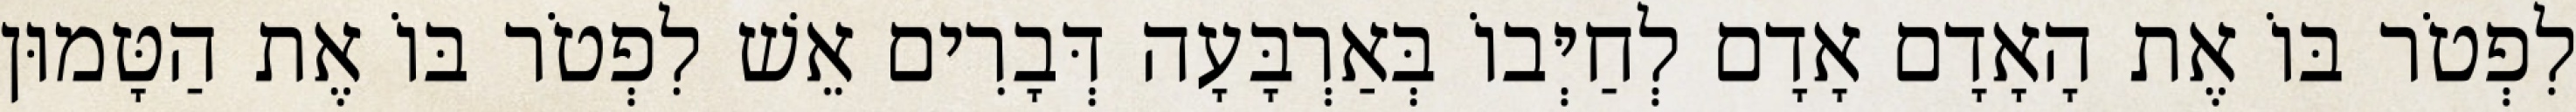
לִפְטֹר בּוֹ אֶת הָאָדָם אָדָם לְחַיְּבוֹ בְּאַרְבָּעָה דְּבָרִים אֵשׁ לִפְטֹר בּוֹ אֶת הַטָּמוּן